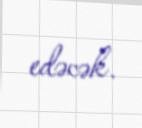
edəcək.